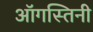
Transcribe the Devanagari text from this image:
ऑगस्तिनी